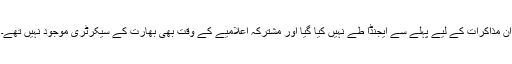
ان مذاکرات کے لیے پہلے سے ایجنڈا طے نہیں کیا گیا اور مشترکہ اعلامیے کے وقت بھی بھارت کے سیکرٹری موجود نہیں تھے۔